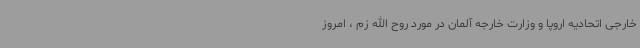
خارجی اتحادیه اروپا و وزارت خارجه آلمان در مورد روح الله زم ، امروز